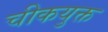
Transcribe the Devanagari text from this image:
चीकयुक्त